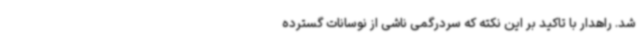
شد. راهدار با تاکید بر این نکته که سردرگمی ناشی از نوسانات گسترده